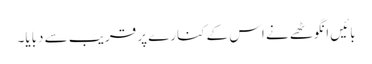
بائیں انگوٹھے نے اس کے کنارے پر قریب سے دبایا۔